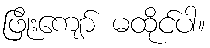
ဖြိုးကျော် မထိုင်ပါ။